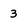
Character: 3